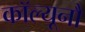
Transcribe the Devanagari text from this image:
कॉल्यूनौ